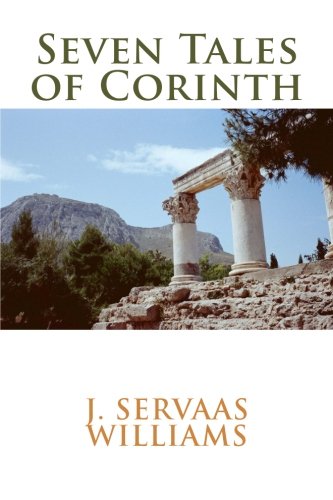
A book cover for Seven Tales of Corinth; J. SerVaas Williams; Literature & Fiction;